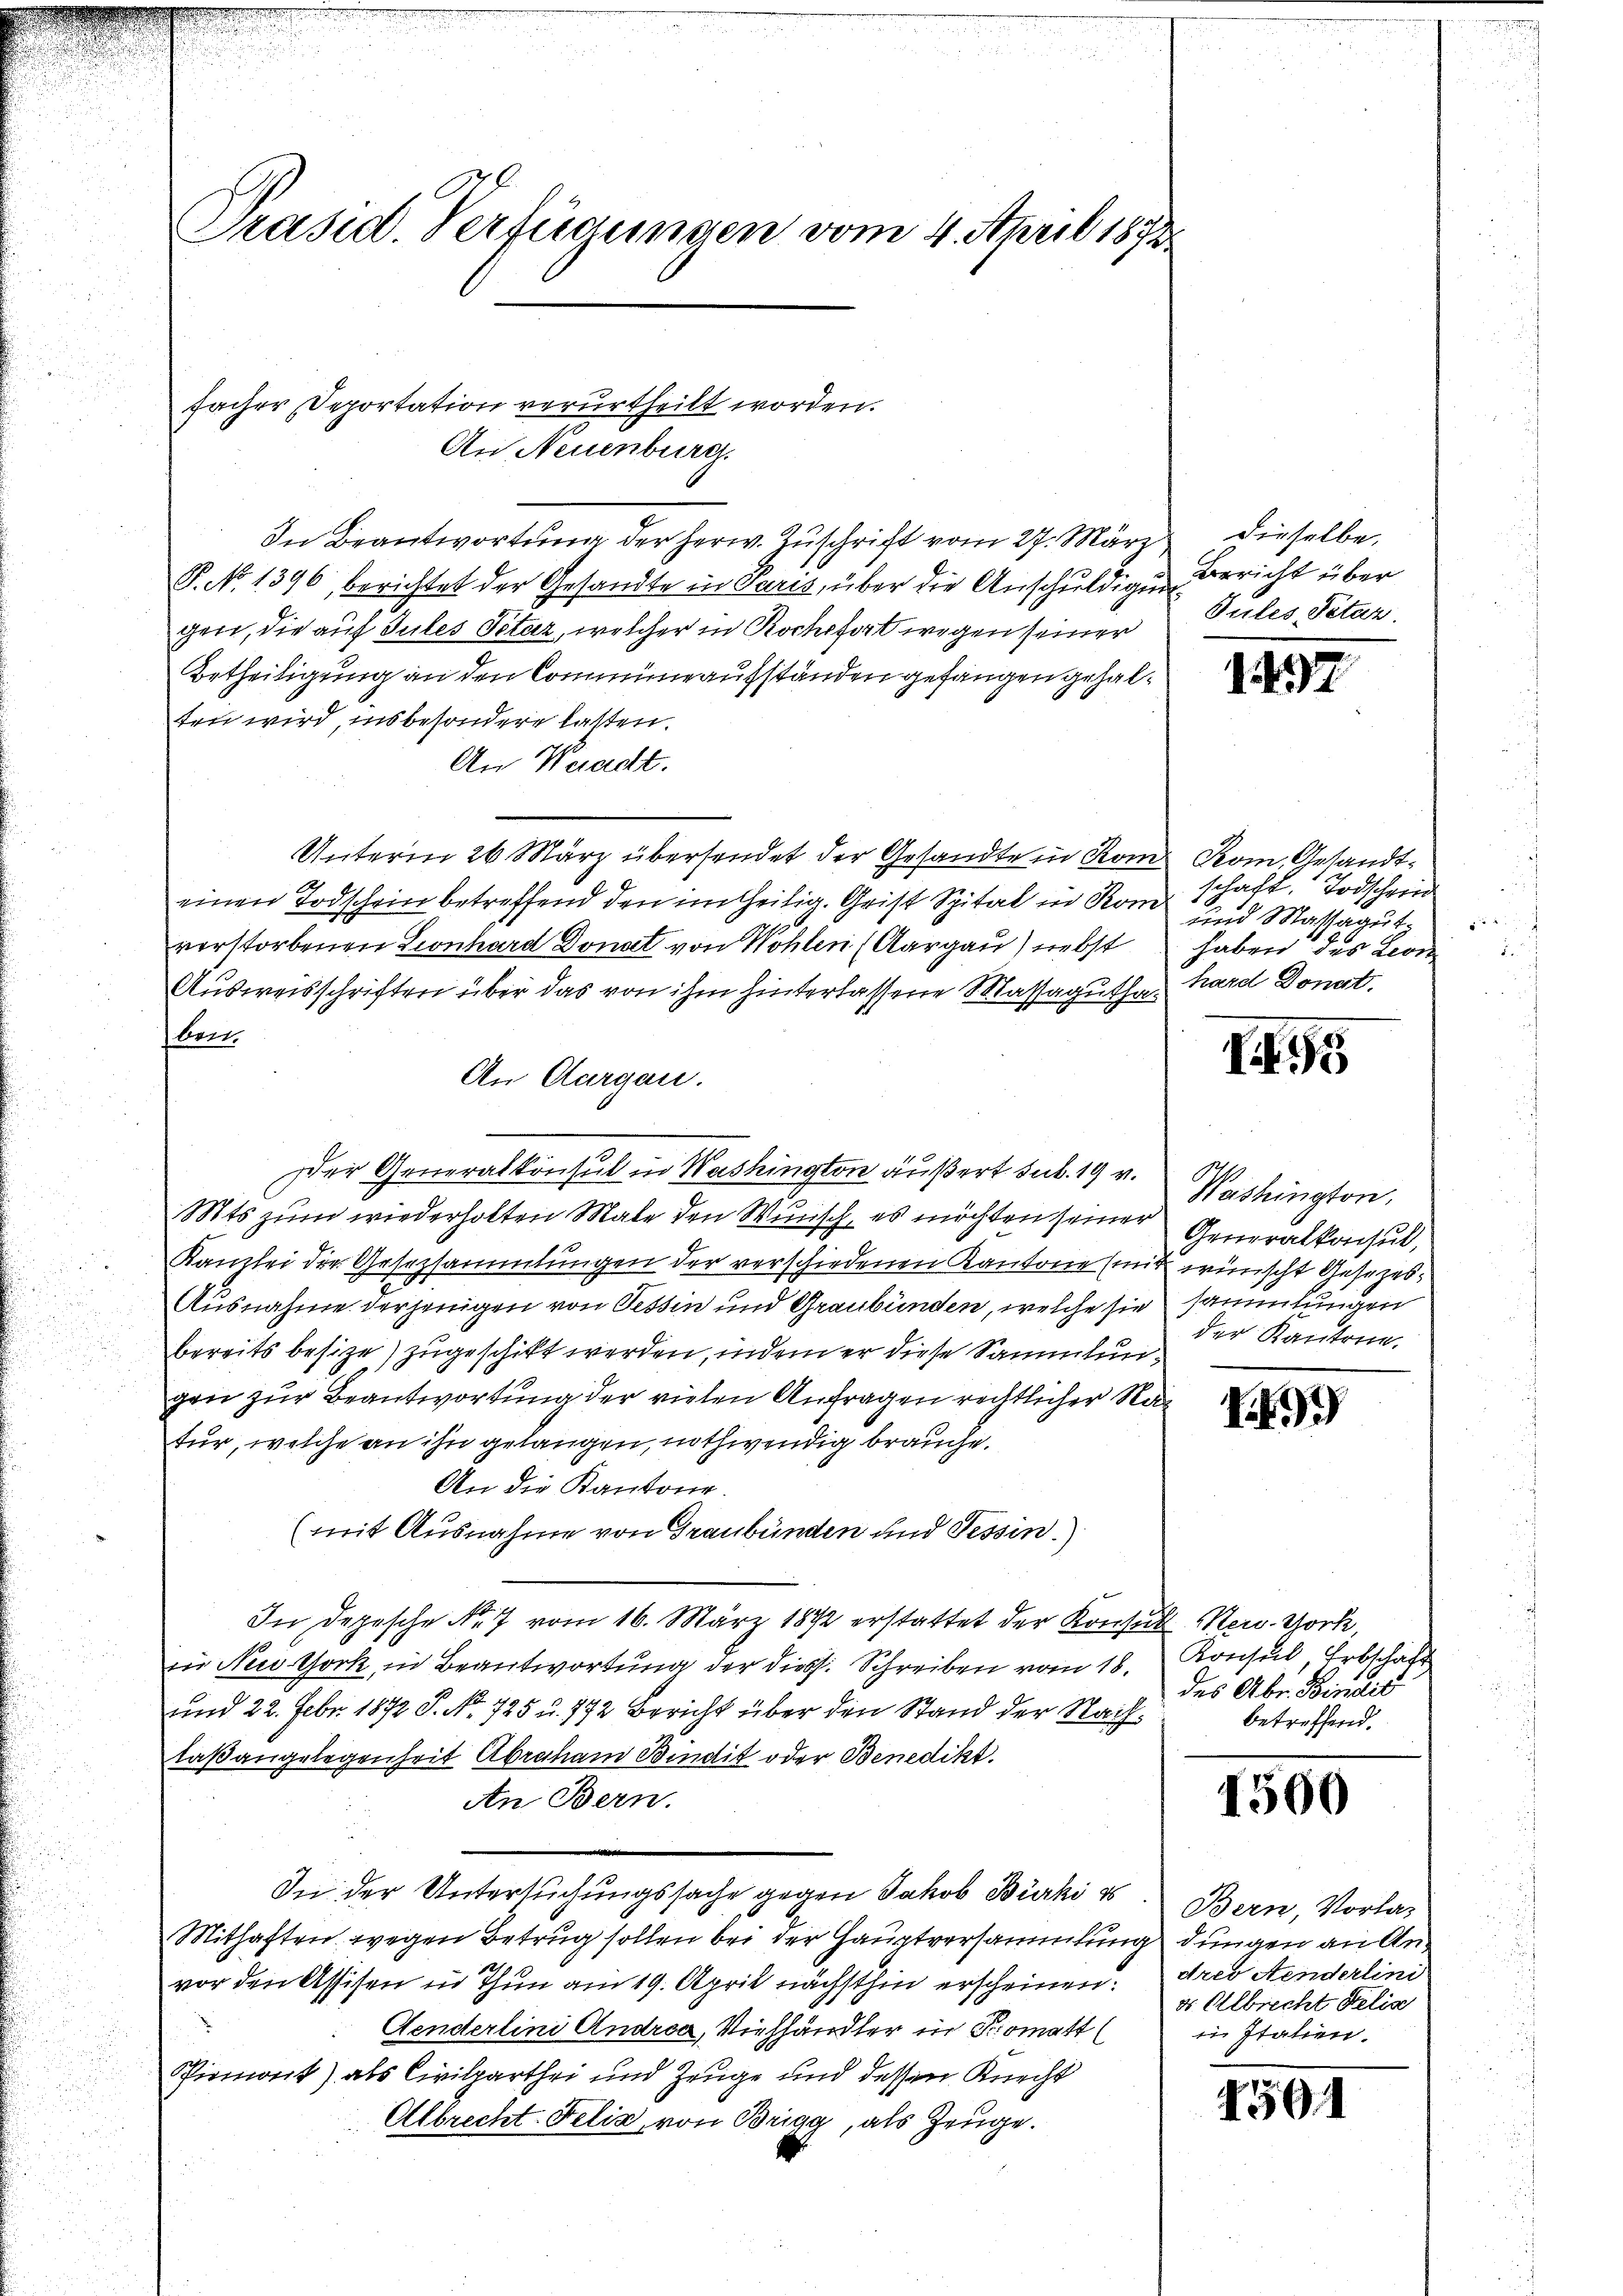
Präsid. Verfügungen vom 4. April 1873.

facher Deportation verurtheilt worden.
An Neuenburg.
In Beantwortung der Herw. Zuschrift vom 27. März
P. No. 1396, berichtet der Gesandte in Paris, über die Anschuldigen Bericht über
gen, die auf Jules Petaz, welcher in Rochefort wegen seiner
Betheiligung an den Commune ausständen gefangen gehalten wird, insbesondere lasten.
An Waadt.
Unterm 26. März übersendet der Gesandte in Kom Rom, Gesandteinen Todschein betreffend den in seitig. Grist Spital in Rom schaft, Todschein
verstorbenen Leonhard Donat von Wohlen (Aargau) nebst
Ausweisschriften über das von ihm hinterlassene Massaguthabert.
An Aargau.
Der Generalkonsul in Washington äußert sub. 19 v. Washington,
Mts zum wiederholten Male den Wunsch, es möchten seiner Generalkonsul,
Kanzlei der Gesetzsammlungen der verschiedenen Kantone (mit wünscht Gesezes¬
Ausnahme derjenigen von Tessin und Graubünden, welche sie sammlungen
bereits besize) zugeschikt werden, indem er diese Sammlungen zur Beantwortung der vielen Anfragen rechtlicher Ratur, welche an ihn gelangen, nothwendig brauche.
An die Kantone.
(mit Ausnahme von Graubünden und Tessin.)
In Depesche Nr. 7 vom 16. März 1892 erstattet der Konsul New York,
in New York, in Beantwortung der diess. Schreiben vom 18. Konsul, Erbschäft
und 22. Febr. 1872 S. No. 725 u. 772 Bericht über den Stand der Nachlaßangelegenheit Abraham Bindit oder Benedikt.
An Bern.
In der Untersuchungssache gegen Jakob Bürki e
Mithaften, wegen Betrug sollen bei der Hauptversammlung dungen an Anvor den Assisen in Thun am 19. April nächsthin erscheinen: dres Aenderlini
Aenderlini Andrea, Viehhändler in Pomatt
Piemont) als Civilparthei und Zeuge und dessen Knecht
Albrecht Felia, von Brigg, als Zeuge.
u

dieselbe.
Tules, Petar.

und Mathagutz
haben des Leon
.
hard Donert.

1437

I

der Kantone.

9

des Abr. Bindis
betreffend.

1500

Bern, Vorlas
d Albrecht Delia
in Italien.

4501